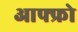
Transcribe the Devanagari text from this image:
आफ्फ्रो